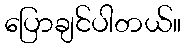
ပြောချင်ပါတယ်။